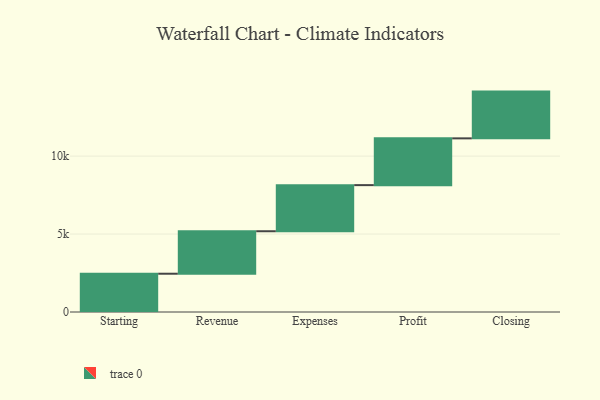
{"axis": {"x": "Step", "y": "Value"}, "legend": [""], "data": [{"x": "Starting", "y": 2456.0, "type": ""}, {"x": "Revenue", "y": 2725.0, "type": ""}, {"x": "Expenses", "y": 2958.0, "type": ""}, {"x": "Profit", "y": 3000, "type": ""}, {"x": "Closing", "y": 3000, "type": ""}]}